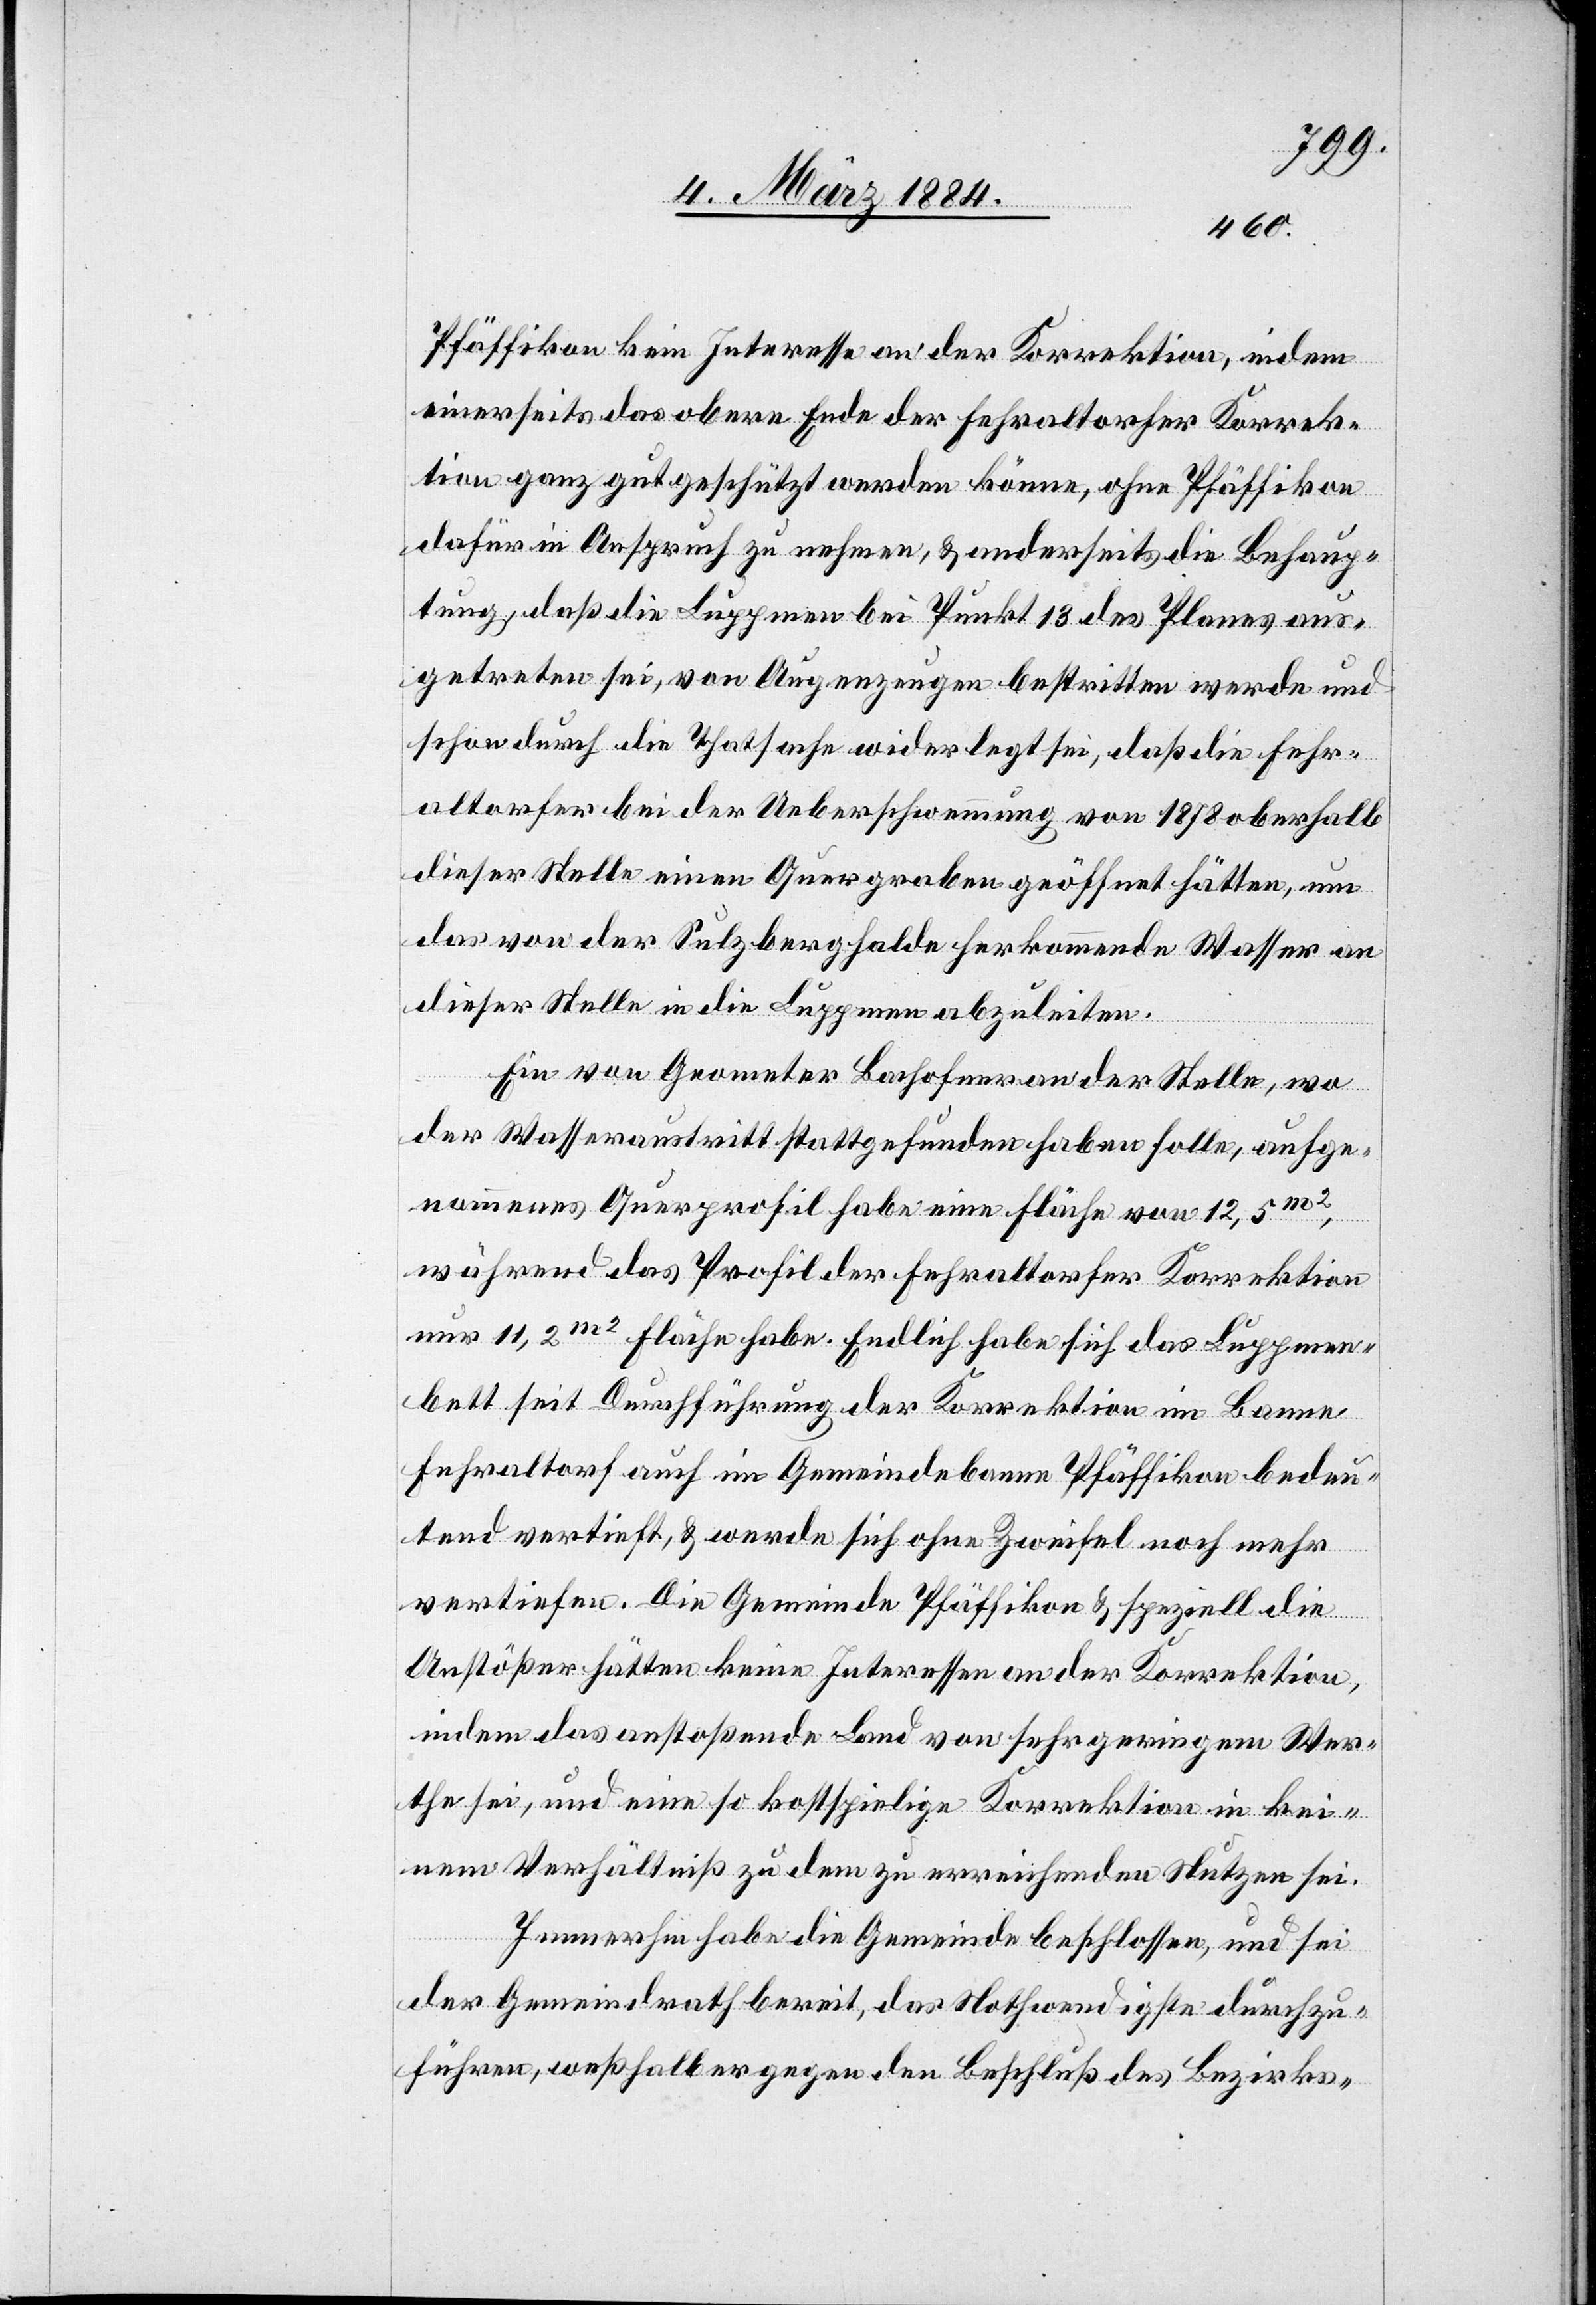
Pfäffikon kein Interesse an der Korrektion, indem
einerseits das obere Ende der Fehraltorfer Korrek¬
tion ganz gut geschützt werden könne, ohne Pfäffikon
dafür in Anspruch zu nehmen, & anderseits die Behaup¬
tung, daß die Luppmen bei Punkt 13 des Planes aus¬
getreten sei, von Augenzeugen bestritten werde und
schon durch die Thatsache widerlegt sei, daß die Fehr¬
altorfer bei der Ueberschwemmung von 1878 oberhalb
dieser Stelle einen Quergraben geöffnet hätten, um
das von der Sulzberghalde herkommende Wasser an
dieser Stelle in die Luppmen abzuleiten.
Ein von Geometer Bachofner an der Stelle, wo
der Wasseraustritt stattgefunden haben solle, aufge¬
nommenes Querprofil habe eine Fläche von 12,5m2,
während das Profil der Fehraltorfer Korrektion
nur 11,2m2 Fläche habe. Endlich habe sich das Luppmen¬
bett seit Durchführung der Korrektion im Banne
Fehraltorf auch im Gemeindebanne Pfäffikon bedeu¬
tend vertieft, & werde sich ohne Zweifel noch mehr
vertiefen. Die Gemeinde Pfäffikon & speziell die
Anstößer hätten keine Interessen an der Korrektion,
indem das anstoßende Land von sehr geringem Wer¬
the sei, und eine so kostspielige Korrektion in kei¬
nem Verhältniß zu dem zu erreichenden Nutzen sei.
Immerhin habe die Gemeinde beschlossen, und sei
der Gemeindrath bereit, das Nothwendigste durchzu¬
führen, weßhalb er gegen den Beschluß des Bezirks-